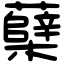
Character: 蘖